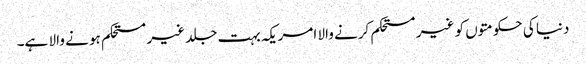
دنیا کی حکومتوں کو غیر مستحکم کرنے والا امریکہ بہت جلد غیر مستحکم ہو نے والا ہے۔